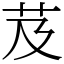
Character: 芨